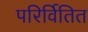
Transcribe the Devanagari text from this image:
परिर्वितित